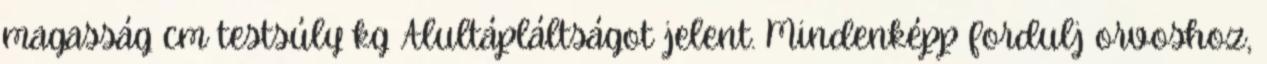
magasság cm testsúly kg Alultápláltságot jelent. Mindenképp fordulj orvoshoz,